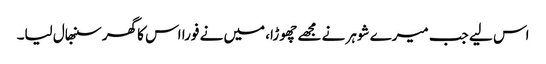
اس لیے جب میرے شوہر نے مجھے چھوڑا، میں نے فورا اس کا گھر سنبھال لیا۔